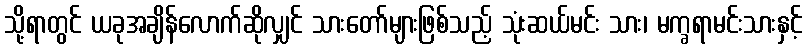
သို့ရာတွင် ယခုအချိန်လောက်ဆိုလျှင် သားတော်များဖြစ်သည့် သုံးဆယ်မင်း သား၊ မက္ခရာမင်းသားနှင့်